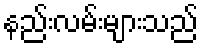
နည်းလမ်းများသည်